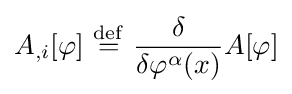
A_{,i}[\varphi ]\ {\stackrel {\mathrm {def} }{=}}\ {\frac {\delta }{\delta \varphi ^{\alpha }(x)}}A[\varphi ]